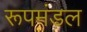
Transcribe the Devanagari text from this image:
रूपमंडल